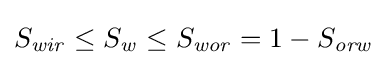
S_{\mathit {wir}}\leq S_{\mathit {w}}\leq S_{\mathit {wor}}=1-S_{\mathit {orw}}